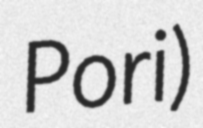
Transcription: Pori)